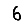
Digit: 6